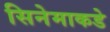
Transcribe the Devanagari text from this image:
सिनेमाकडे